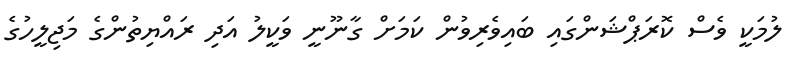
ލުމަކީ ވެސް ކޮރަޕްޝަންގައި ބައިވެރިވުން ކަމަށް ގާނޫނީ ވަކީލު އަދި ރައްޔިތުންގެ މަޖިލީހުގެ